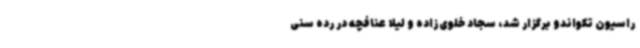
راسیون تکواندو برگزار شد، سجاد خلوی‌زاده و لیلا عنافچه در رده‌ سنی